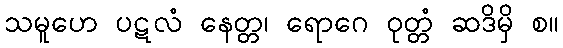
သမူဟေ ပဋလံ နေတ္တ၊ ရောဂေ ဝုတ္တံ ဆဒိမှိ စ။